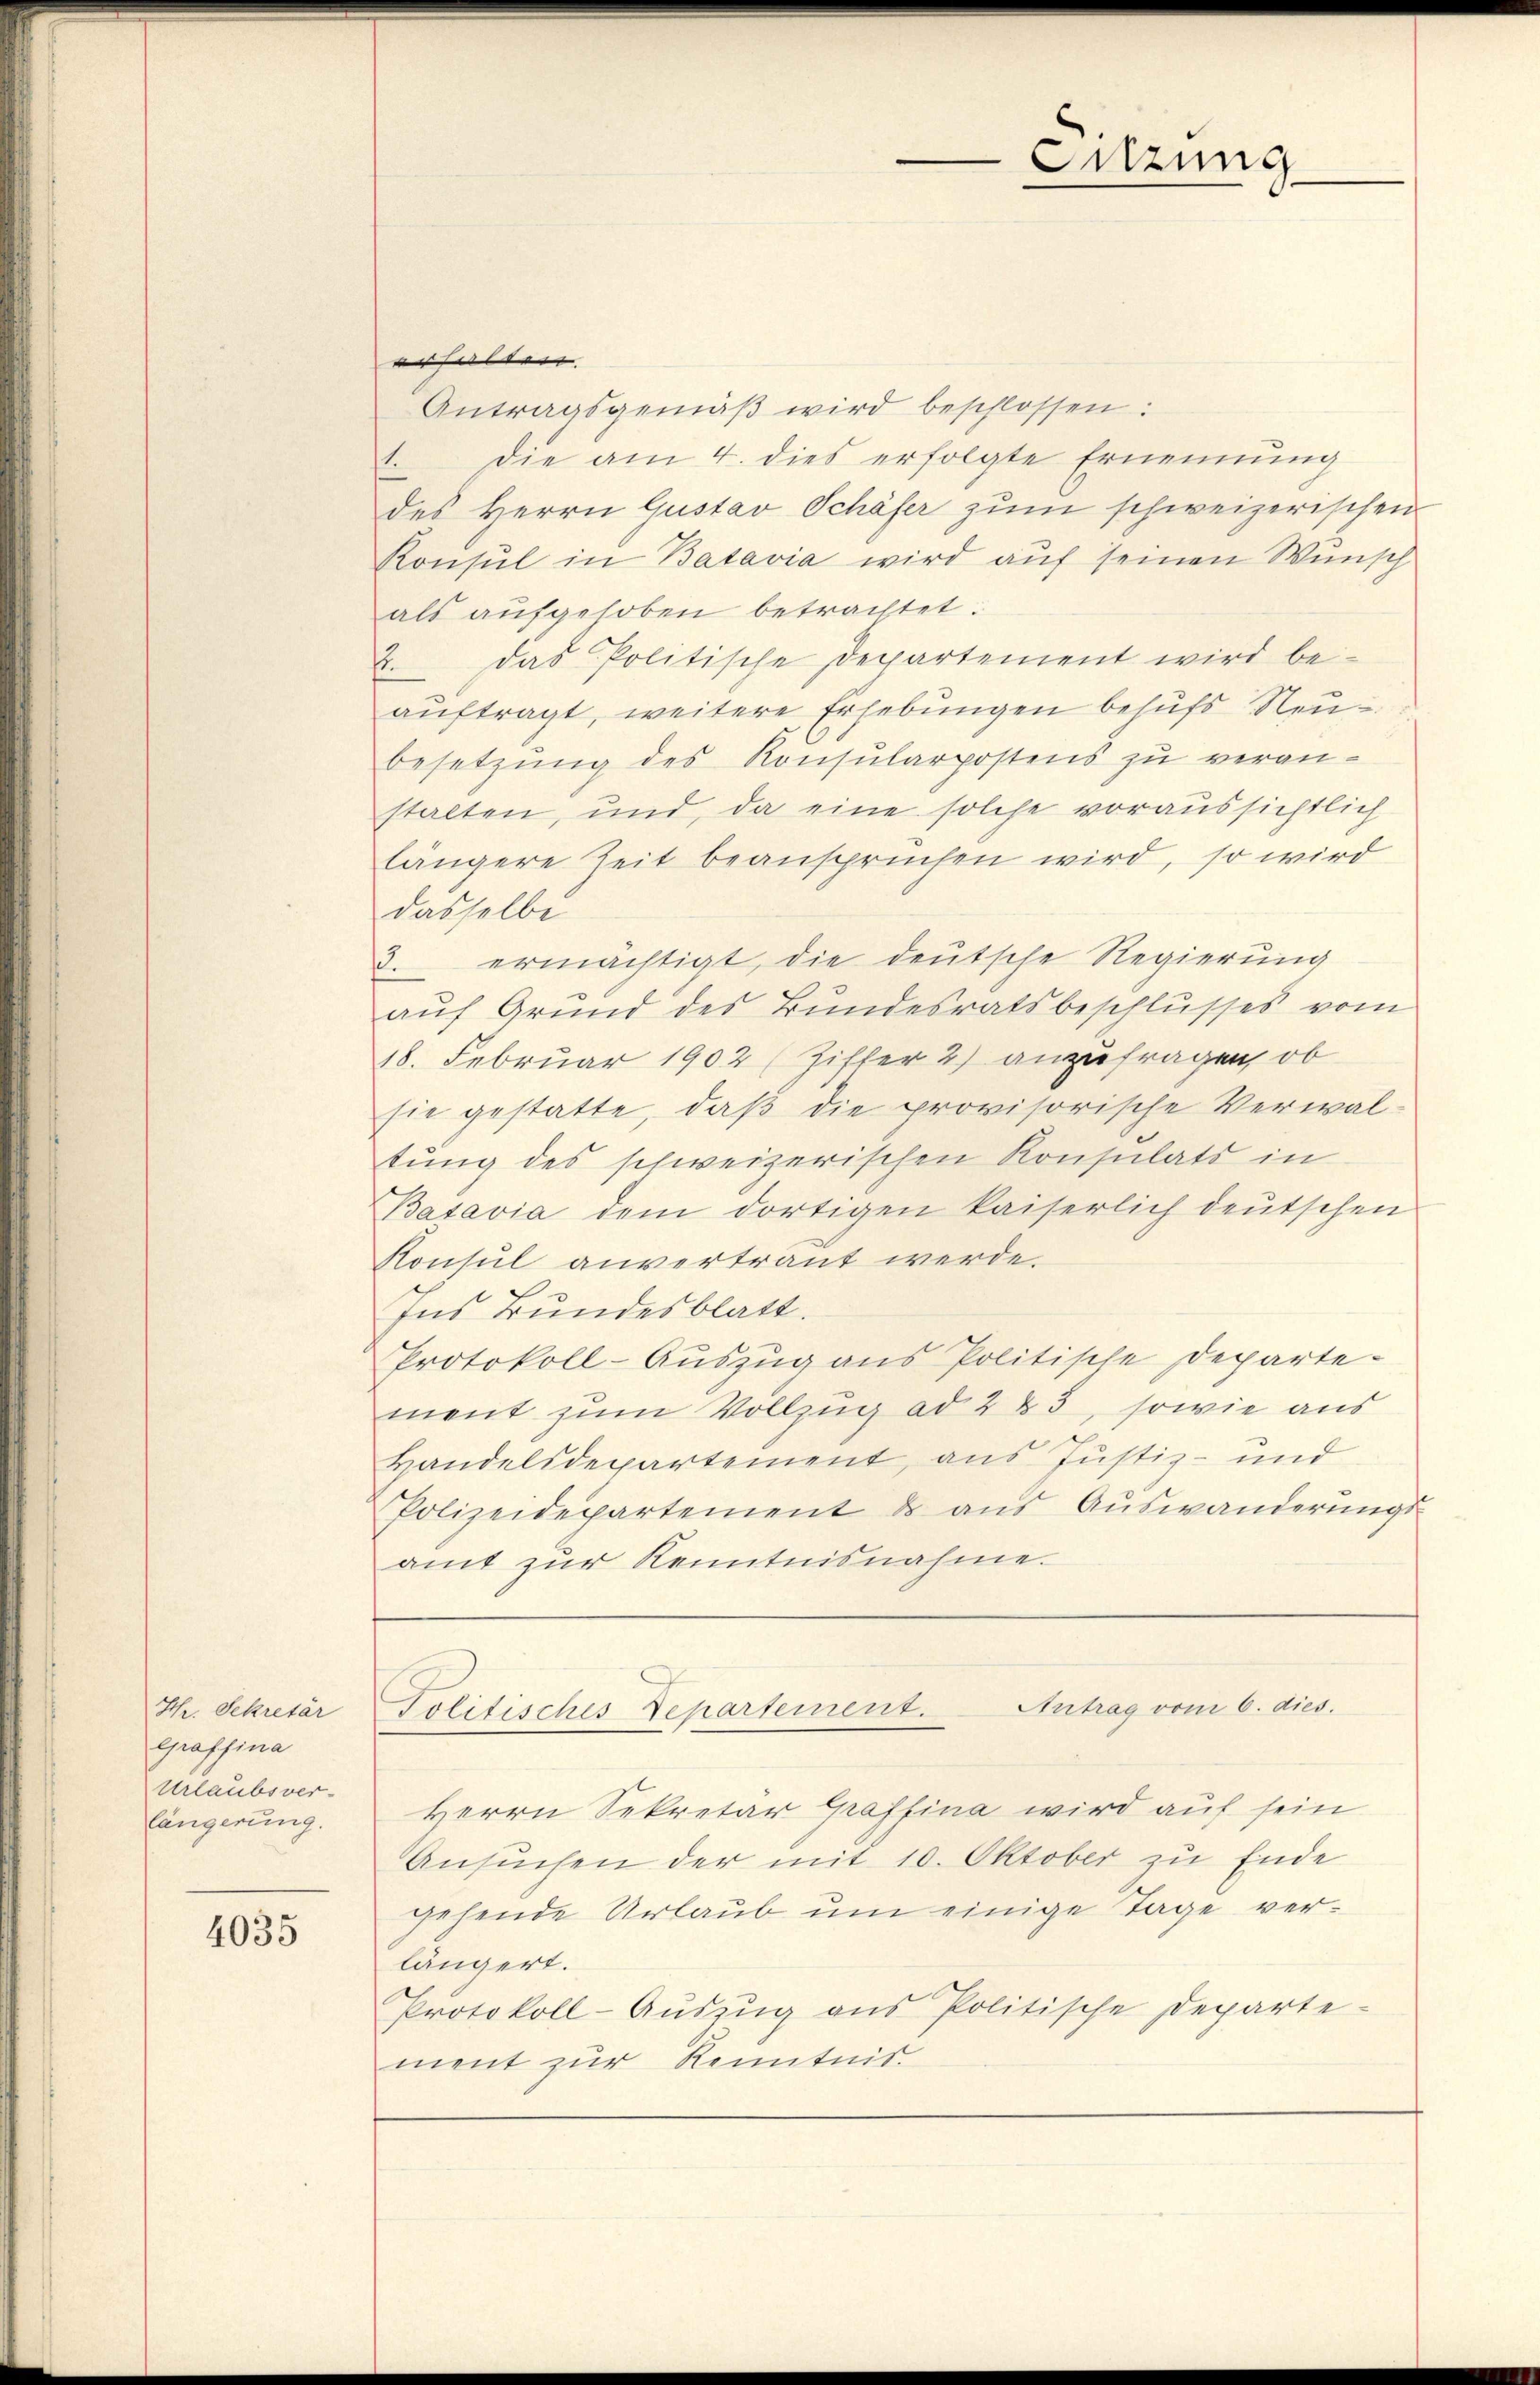
Hr. Sekretär
Grafsina
Urlaubsver-
längerung.

4035

erhalten. |
Antragsgemäß wird beschlossen:
1. Die am 4. dies erfolgte Ernennung
des Herrn Gustav Schäfer zŭm schweizerischen
Konsul in Batavia wird auf seinen Wunsch
als aufgehoben betrachtet:
2. Das Politische Departement wird be-
auftragt, weitere Erhebungen behufs Neubesetzung des Konsularpostens zu veranstalten, und, da eine solche voraussichtlich
längere Zeit beanspruchen wird, so wird
dasselbe
3. ermächtigt, die deutsche Regierung
auf Grund des Bundesratsbeschlusses vom
18. Februar 1902 (Ziffer 2) anzufragen, ob
sie gestatte, daß die provisorische Verwaltung des schweizerischen Konsulats in
Batavia dem dortigen kaiserlich deŭtschen
Konsul anvertraut werde.
Ins Bundesblatt.
Protokoll-Auszug aus Politische Departe-
ment zum Vollzug ad 2 & 3, sowie aus
Handelsdepartement, aus Justiz- und
Polizeidepartement & aus Auswanderungsamt zŭr Kenntnisnahme.
Antrag vom 6. dies.
Politisches Departement.
Herrn Sekretär Graffina wird auf sein
Ansuchen der mit 10. Oktober zu Ende
gehende Urlaub um einige Tage verlängert.
Protokoll-Aŭszŭg ans Politische Departe-
ment zur Kenntnis

Sitzung